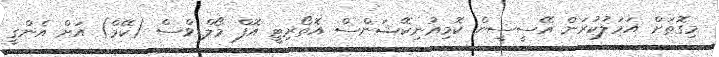
މިގޮތަށް އަމަލުކުރަން އޭސީސީން ކޮމިއުނިކޭޝަންސް އޮތޯރިޓީ އޮފް މޯލްޑިވްސް (ކޭމް) އަށް އެންގީ